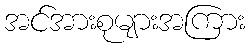
အင်အားစုများအကြား